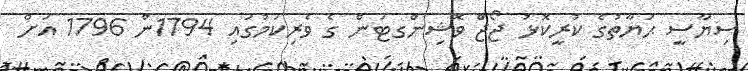
ސިޔާސީ ޙަޔާތުގެ ކުރީކޮޅު ޖޯޖް ވޮޝިންގޓަން ގެ ވެރިކަމުގައި 1794ން 1796 އަށް